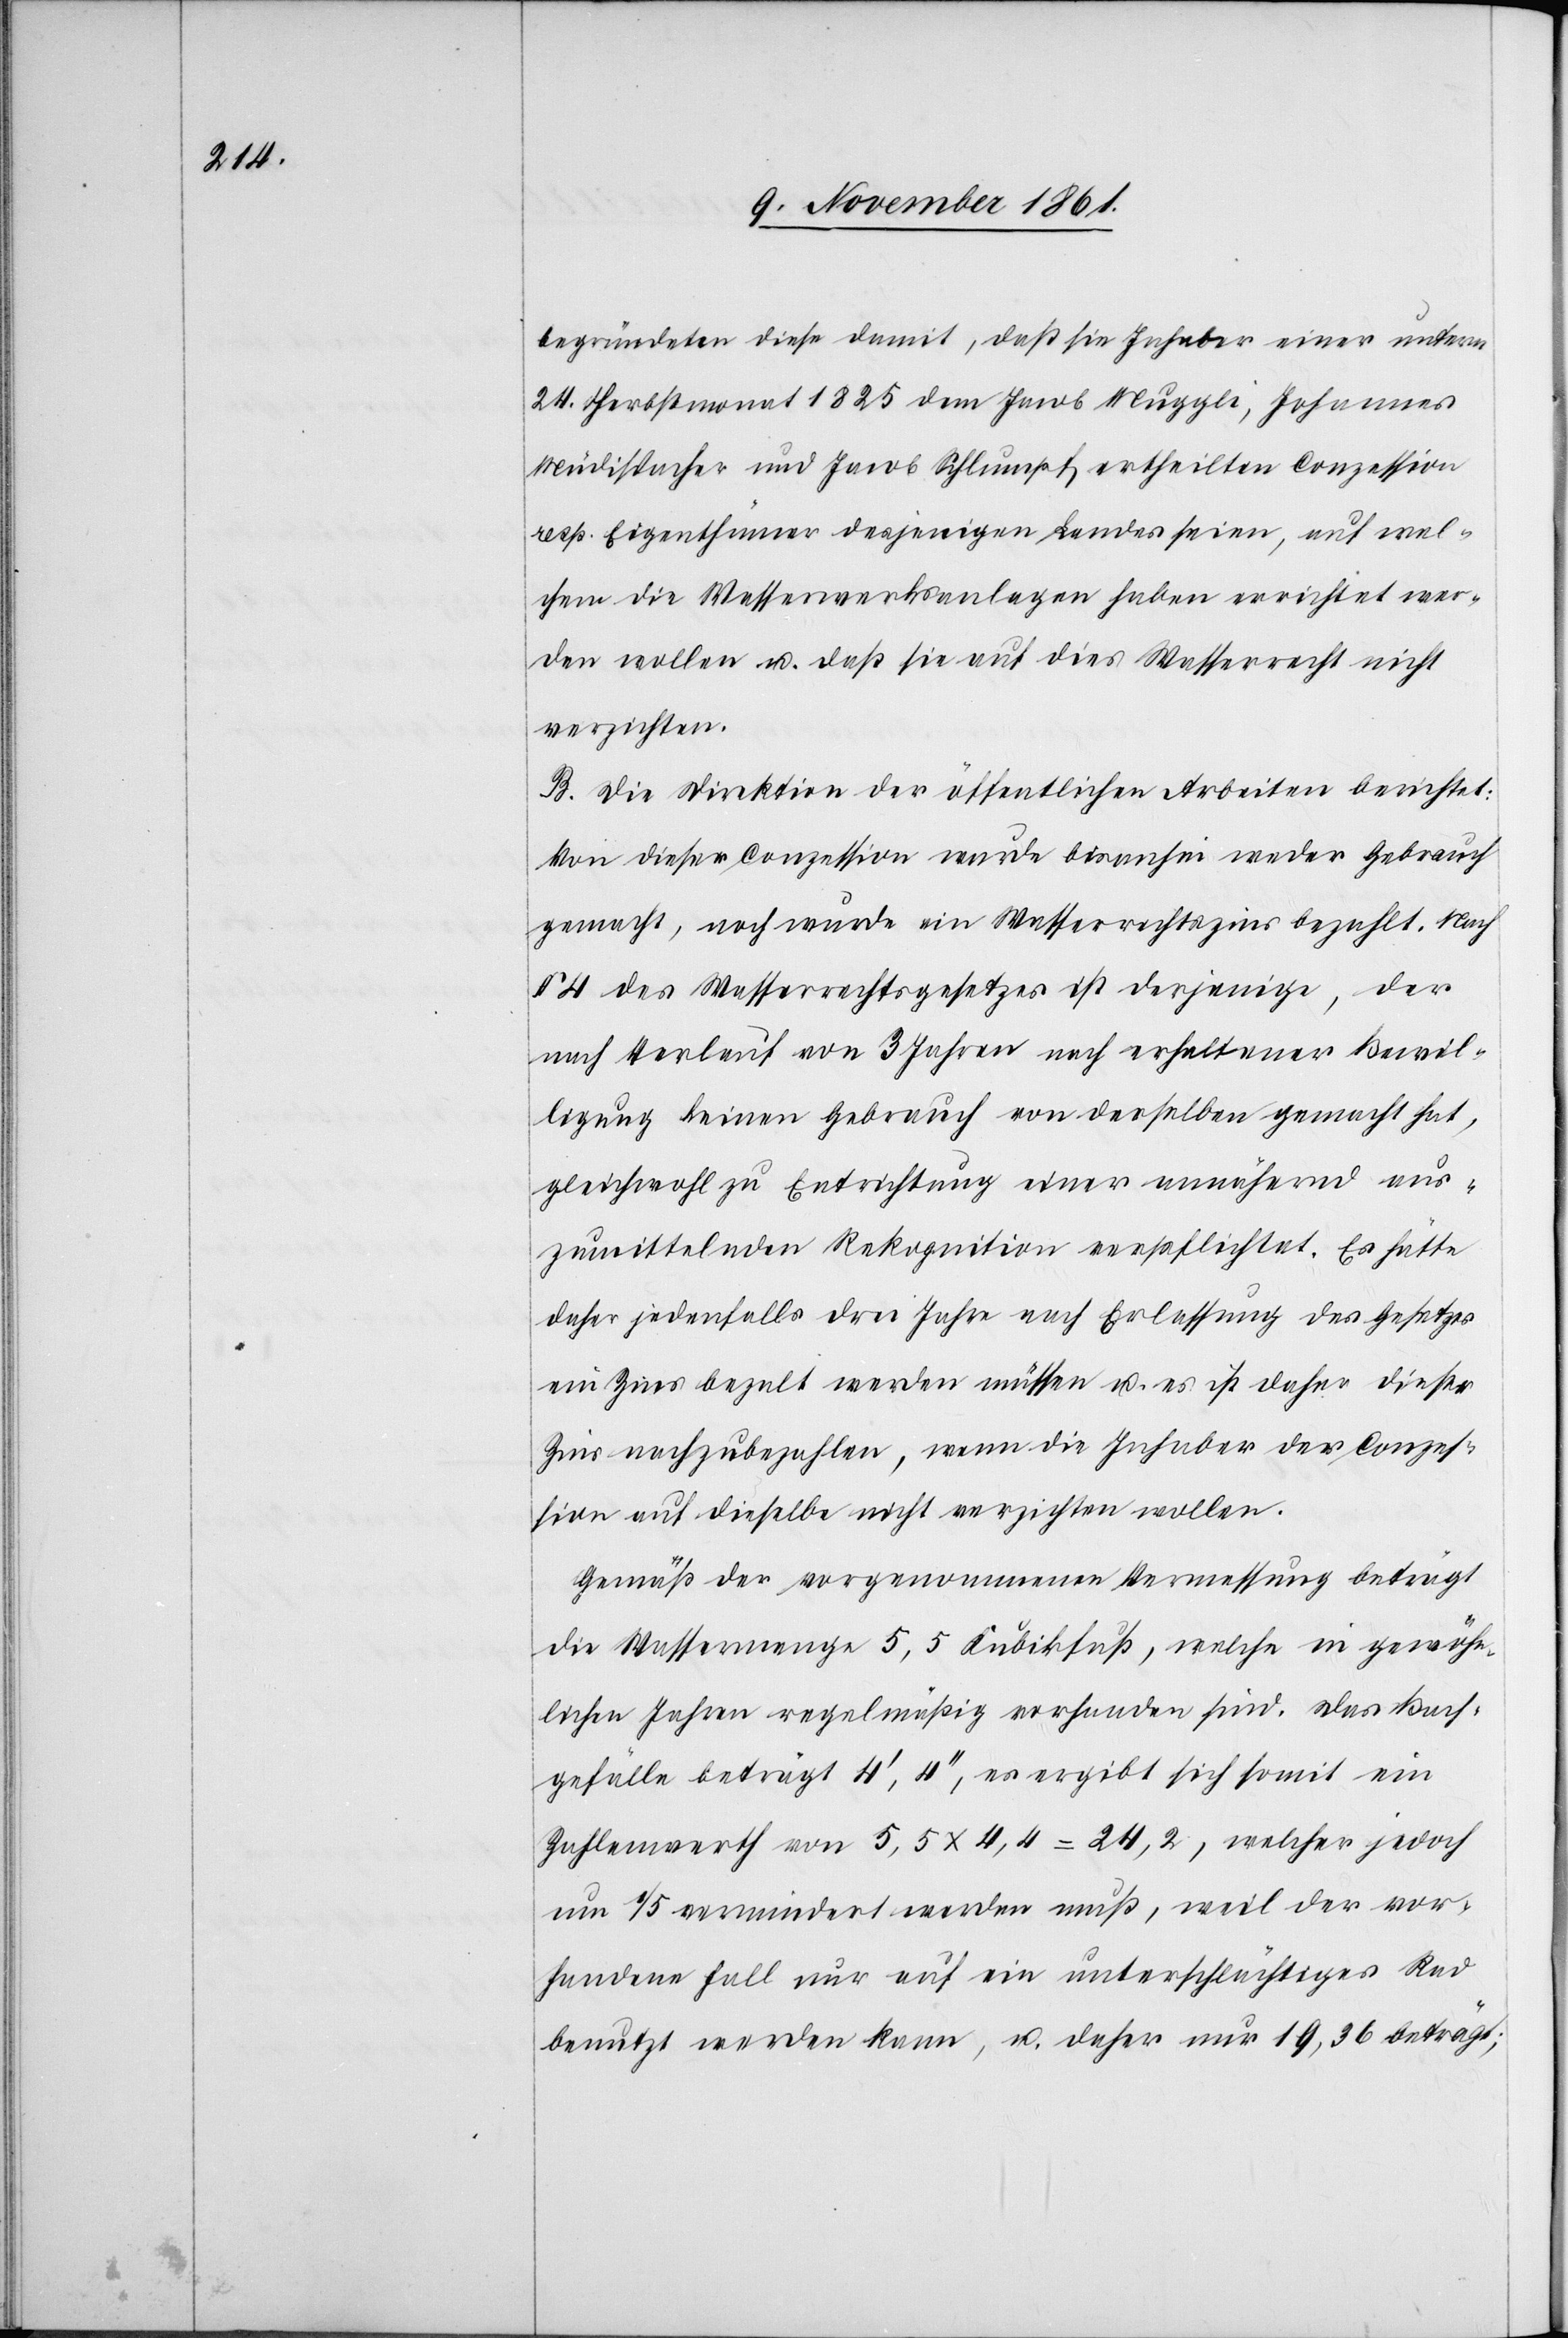
begründeten diese damit, daß sie Inhaber einer unterm
24 Herbstmonat 1825 dem Jacob Muggli, Johannes
Müdispacher und Jacob Schlumpf ertheilten Conzession
resp. Eigenthümer desjenigen Landes seien, auf wel¬
chem die Wasserwerksanlagen haben errichtet wer¬
den wollen u. daß sie auf dies Wasserrecht nicht
verzichten.
B. Die Direktion der öffentlichen Arbeiten berichtet:
Von dieser Conzession wurde bisanhin weder Gebrauch
gemacht, noch wurde ein Wasserrechtszins bezahlt. Nach
§ 4 des Wasserrechtsgesetzes ist derjenige, der
nach Verlauf von 3 Jahren nach erhaltener Bewil¬
ligung keinen Gebrauch von derselben gemacht hat,
gleichwohl zu Entrichtung einer annähernd aus¬
gemittelten Rekognition verpflichtet. Es hätte
daher jedenfalls drei Jahre nach Erlassung des Gesetzes
ein Zins bezalt werden müssen u. es ist daher dieser
Zins nachzubezahlen, wenn die Inhaber der Conzes¬
sion auf dieselbe nicht verzichten wollen.
Gemäß der vorgenommenen Vermessung beträgt
die Wassermenge 5,5 Kubikfuß, welche in gewöhn¬
lichen Jahren regelmäßig vorhanden sind. Das Bach¬
gefälle beträgt 4‘,4‘‘, es ergibt sich somit ein
Zahlenwerth von 5,5 x 4,4 = 24,2, welcher jedoch
um 1/5 vermindert werden muß, weil der vor¬
handene Fall nur auf ein unterschlächtiges Rad
benutzt werden kann, u. daher nur 19,36 beträgt;